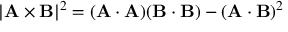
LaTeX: | \mathbf { A } \times \mathbf { B } | ^ { 2 } = ( \mathbf { A } \cdot \mathbf { A } ) ( \mathbf { B } \cdot \mathbf { B } ) - ( \mathbf { A } \cdot \mathbf { B } ) ^ { 2 }